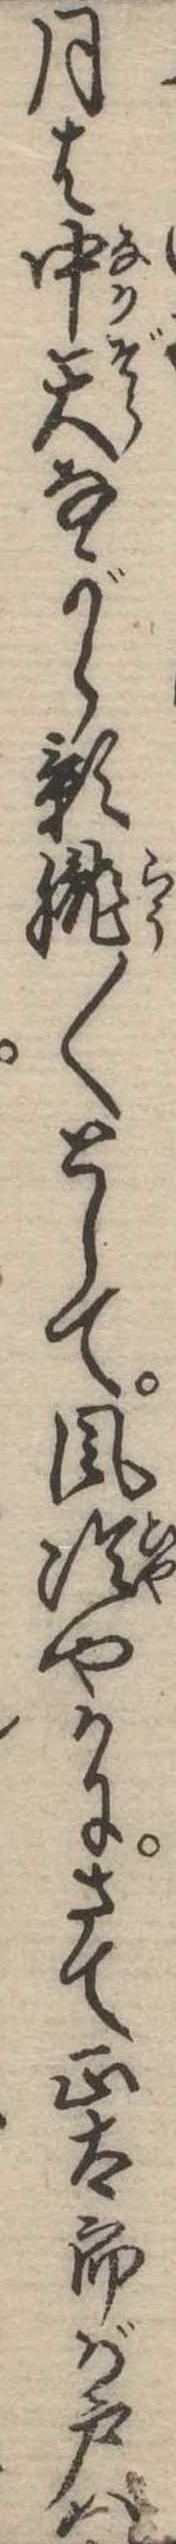
月は中天ながら影朧〱として風冷やかにさて正太郎が戸は